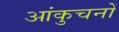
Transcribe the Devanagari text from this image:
आंकुचनों